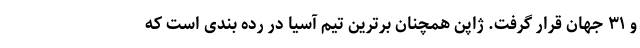
و ۳۱ جهان قرار گرفت. ژاپن همچنان برترین تیم آسیا در رده بندی است که